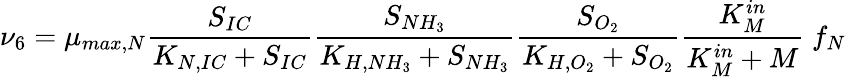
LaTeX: \nu_{6}=\mu_{max,N}\frac{S_{IC}}{K_{N,IC}+S_{IC}}\frac{S_{NH_{3}}}{K_{H,NH_{3}}+S_{NH_{3}}}\frac{S_{O_{2}}}{K_{H,O_{2}}+S_{O_{2}}}\frac{K_{M}^{in}}{K_{M}^{in}+M}\ f_{N}